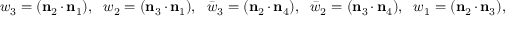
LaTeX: w _ { 3 } = ( { \bf n } _ { 2 } \cdot { \bf n } _ { 1 } ) , ~ ~ w _ { 2 } = ( { \bf n } _ { 3 } \cdot { \bf n } _ { 1 } ) , ~ ~ \bar { w } _ { 3 } = ( { \bf n } _ { 2 } \cdot { \bf n } _ { 4 } ) , ~ ~ \bar { w } _ { 2 } = ( { \bf n } _ { 3 } \cdot { \bf n } _ { 4 } ) , ~ ~ w _ { 1 } = ( { \bf n } _ { 2 } \cdot { \bf n } _ { 3 } ) ,